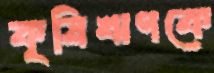
কৃষিঋণকে